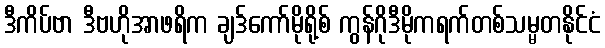
ဒီကိပ်ဗာ ဒီဗဟိုအာဖရိက ချဒ်ကော်မိုရို့စ် ကွန်ဂိုဒီမိုကရက်တစ်သမ္မတနိုင်ငံ